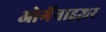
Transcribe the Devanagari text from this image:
ओर्गेनाइज़र